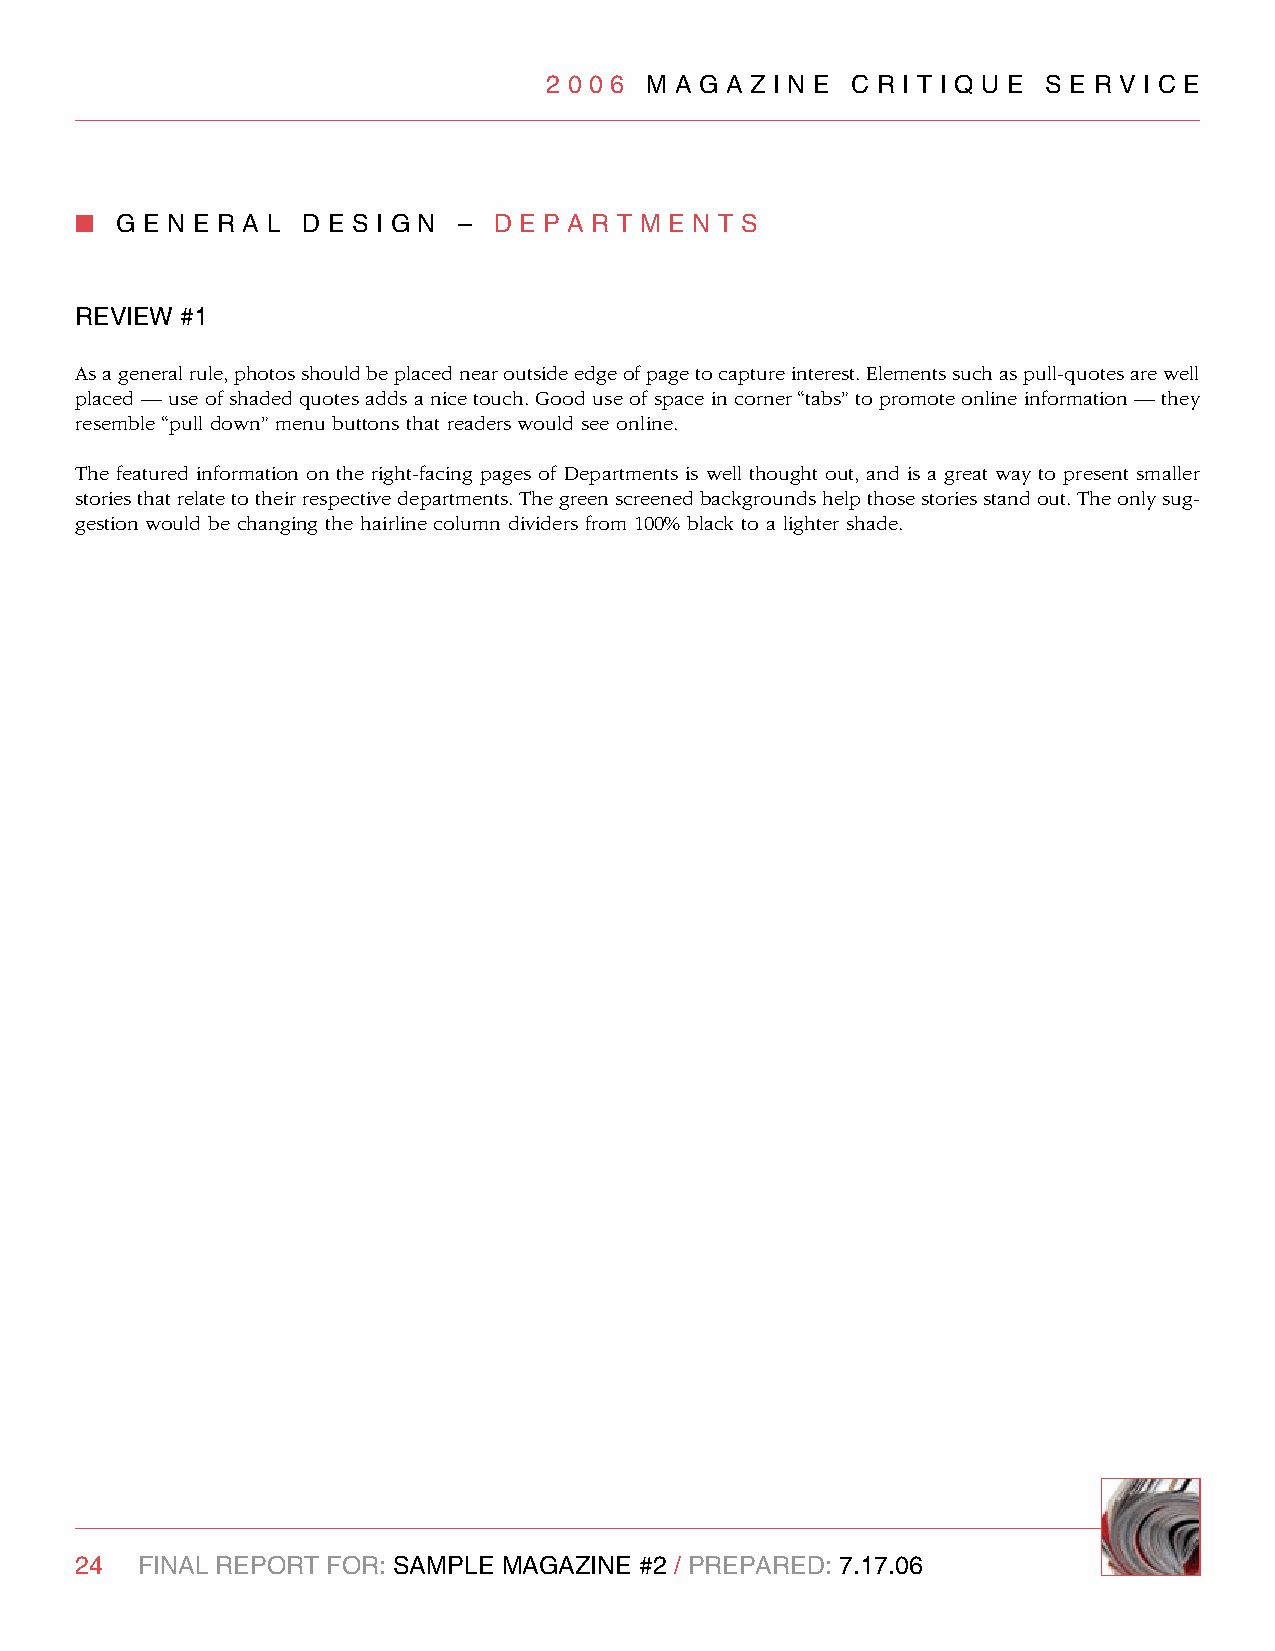
2 0 0 6 M A g A z I n e C R I T I q U e S e R v I C e
 n  g e n e R A l d e S I g n – d e P A R T M e n T S
 RevIew #1
 As a general rule, photos should be placed near outside edge of page to capture interest. Elements such as pull-quotes are well
 placed — use of shaded quotes adds a nice touch. Good use of space in corner “tabs” to promote online information — they
 resemble “pull down” menu buttons that readers would see online.
 The featured information on the right-facing pages of Departments is well thought out, and is a great way to present smaller
 stories that relate to their respective departments. The green screened backgrounds help those stories stand out. The only sug-
 gestion would be changing the hairline column dividers from 100% black to a lighter shade.
 24  FInAl RePORT FOR: SAMPle MAgAzIne #2 / PRePARed: 7.17.06